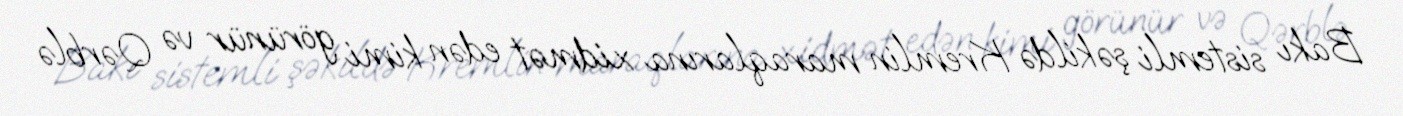
Bakı sistemli şəkildə Kremlin maraqlarına xidmət edən kimi görünür və Qərblə